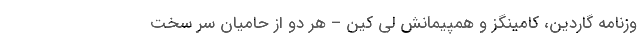
وزنامه گاردین، کامینگز و همپیمانش لی کین – هر دو از حامیان سر سخت